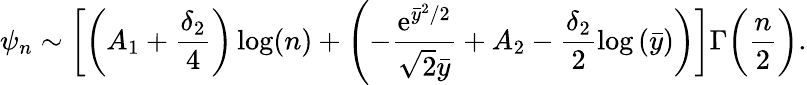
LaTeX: \psi_{n}\sim\bigg[\bigg(A_{1}+\frac{\delta_{2}}{4}\bigg)\log(n)+\Biggl(-\frac{\mathrm{e}^{\bar{y}^{2}/2}}{\sqrt{2}\bar{y}}+A_{2}-\frac{\delta_{2}}{2}\log{(\bar{y})}\bigg)\bigg]\Gamma\bigg(\frac{n}{2}\bigg).